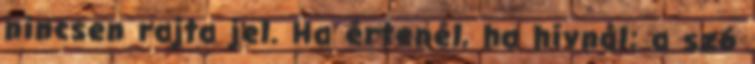
nincsen rajta jel. Ha értenél, ha hívnál; a szó